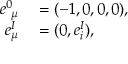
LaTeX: \begin{array} { r l } { e _ { ~ \mu } ^ { 0 } } & { { } = ( - 1 , 0 , 0 , 0 ) , } \\ { e _ { \mu } ^ { I } } & { { } = ( 0 , e _ { i } ^ { I } ) , } \end{array}